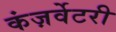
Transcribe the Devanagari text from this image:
कंज़र्वेटरी